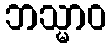
ဘသ္မာဝ